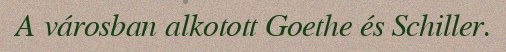
A városban alkotott Goethe és Schiller.